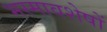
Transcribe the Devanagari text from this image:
भस्मावशेषों